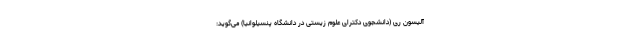
آلیسون ری (دانشجوی دکترای علوم زیستی در دانشگاه پنسیلوانیا) می‌گوید: